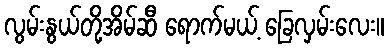
လွမ်းနွယ်တို့အိမ်ဆီ ရောက်မယ့် ခြေလှမ်းလေး။